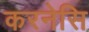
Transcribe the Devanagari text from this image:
करनेसि